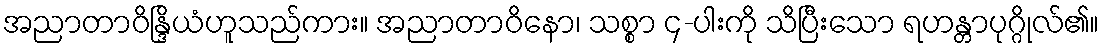
အညာတာဝိန္ဒြိယံဟူသည်ကား။ အညာတာဝိနော၊ သစ္စာ ၄-ပါးကို သိပြီးသော ရဟန္တာပုဂ္ဂိုလ်၏။